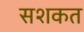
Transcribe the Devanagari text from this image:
सशकत